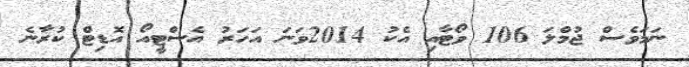
ނަމަވެސް ޖުމްލަ 106 ވޯޓާއި އެކު 2014ވަނަ އަހަރު އެސްޓީއޯ އޮޑިޓް ކުރާނެ